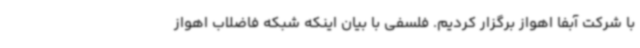
با شرکت آبفا اهواز برگزار کردیم. فلسفی با بیان اینکه شبکه فاضلاب اهواز